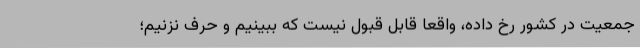
جمعیت در کشور رخ داده، واقعا قابل قبول نیست که ببینیم و حرف نزنیم؛